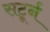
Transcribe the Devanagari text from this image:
सटूर्न